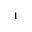
^ { 1 }